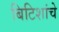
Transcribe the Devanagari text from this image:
बिटिशांचे